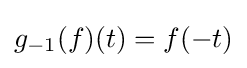
g_{-1}(f)(t)=f(-t)